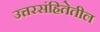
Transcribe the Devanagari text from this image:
उत्तरसंहितेतील